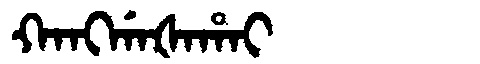
Manchu: ᡴᠠᠩᡤᠠᡧᠠᡥᠠᡳ
Romanization: KANGGAŠAHAI